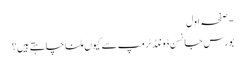
- صفحہ اول
بورس جانسن ڈونلڈ ٹرمپ سے کیوں ملنا چاہتے ہیں؟